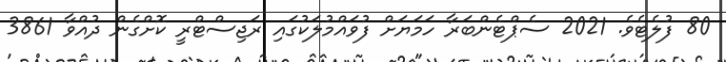
80 ފުލެޓެވެ. 2021 ސެޕްޓެންބަރާ ހަމަޔަށް ފުވައްމުލަކުގައި ރަޖިސްޓްރީ ކޮށްގެން ދުއްވާ 3861